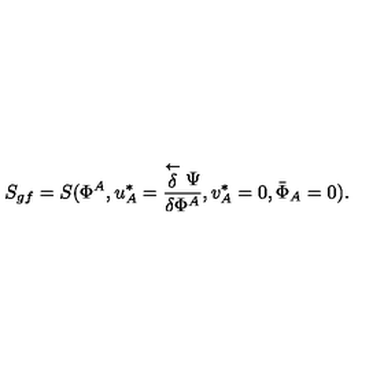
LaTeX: S _ { g f } = S ( \Phi ^ { A } , u _ { A } ^ { * } = \frac { \stackrel { \leftarrow } { \delta } \Psi } { \delta \Phi ^ { A } } , v _ { A } ^ { * } = 0 , { \bar { \Phi } } _ { A } = 0 ) .